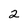
Character: 2